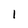
Character: 1